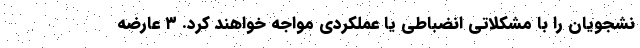
نشجویان را با مشکلاتی انضباطی یا عملکردی مواجه خواهند کرد. ۳ عارضه